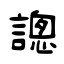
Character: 謥